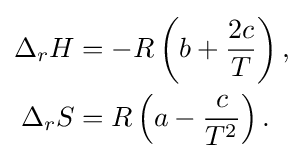
{\begin{aligned}\Delta _{r}H&=-R\left(b+{\frac {2c}{T}}\right),\\\Delta _{r}S&=R\left(a-{\frac {c}{T^{2}}}\right).\end{aligned}}